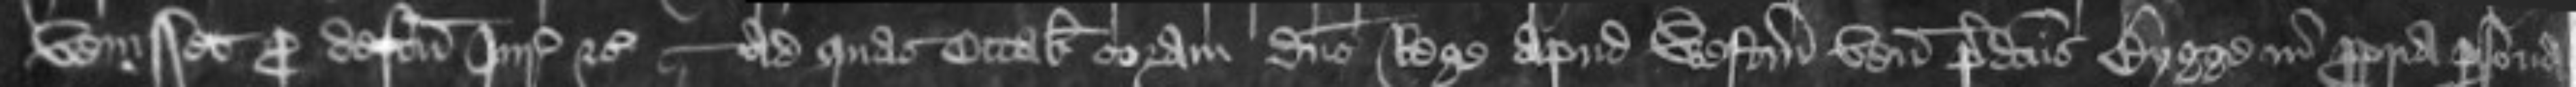
venisset pro defectu Jurate etc -- ad quas Octabas coram domino Rege apud Westmonasterium venit predictus Johannes Bygge in propria persona